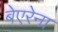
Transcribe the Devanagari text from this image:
बेएरेना